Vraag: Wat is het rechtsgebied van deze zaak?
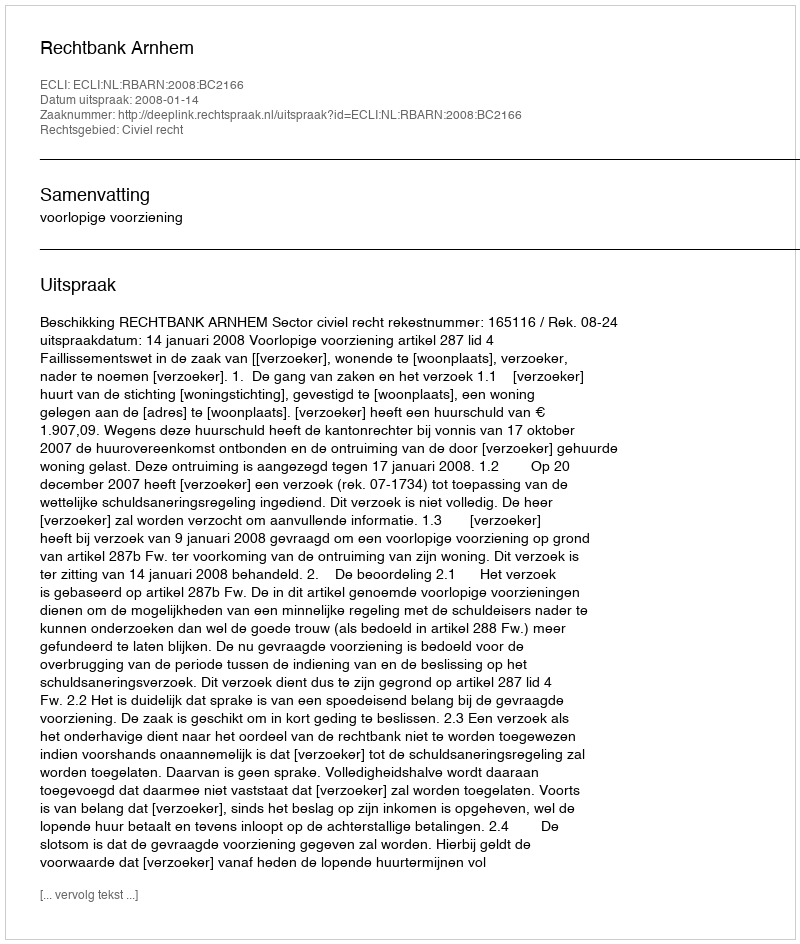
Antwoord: Civiel recht